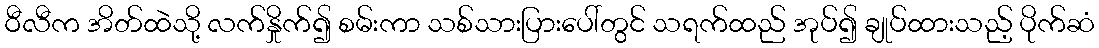
ဝီလီက အိတ်ထဲသို့ လက်နှိုက်၍ စမ်းကာ သစ်သားပြားပေါ်တွင် သရက်ထည် အုပ်၍ ချုပ်ထားသည့် ပိုက်ဆံ